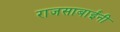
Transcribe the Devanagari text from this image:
राजसाबाईंनी